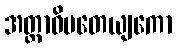
အတ္တာဓိပတေယျကော